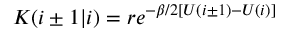
K ( i \pm 1 | i ) = r e ^ { - \beta / 2 [ U ( i \pm 1 ) - U ( i ) ] }